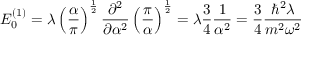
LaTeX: E _ { 0 } ^ { ( 1 ) } = \lambda \left( { \frac { \alpha } { \pi } } \right) ^ { \frac { 1 } { 2 } } { \frac { \partial ^ { 2 } } { \partial \alpha ^ { 2 } } } \left( { \frac { \pi } { \alpha } } \right) ^ { \frac { 1 } { 2 } } = \lambda { \frac { 3 } { 4 } } { \frac { 1 } { \alpha ^ { 2 } } } = { \frac { 3 } { 4 } } { \frac { \hbar ^ { 2 } \lambda } { m ^ { 2 } \omega ^ { 2 } } }